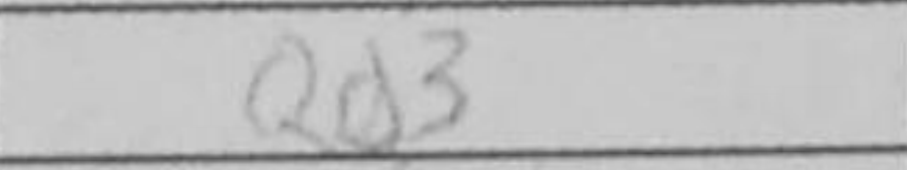
Transcription: Qd3